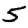
Digit: 5